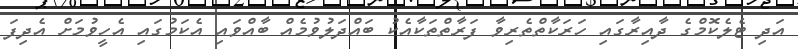
އަދި ޓެލެކޮމްގެ ދާއިރާގައި ހަރަކާތްތެރިވާ ފަރާތްތަކާއެކު ބައްދަލުވުމެއް ބާއްވައި އެކަމުގައި އެހީވުމަށް އެދިފަ